Leningradi_Edasi_toimetus, lk 154
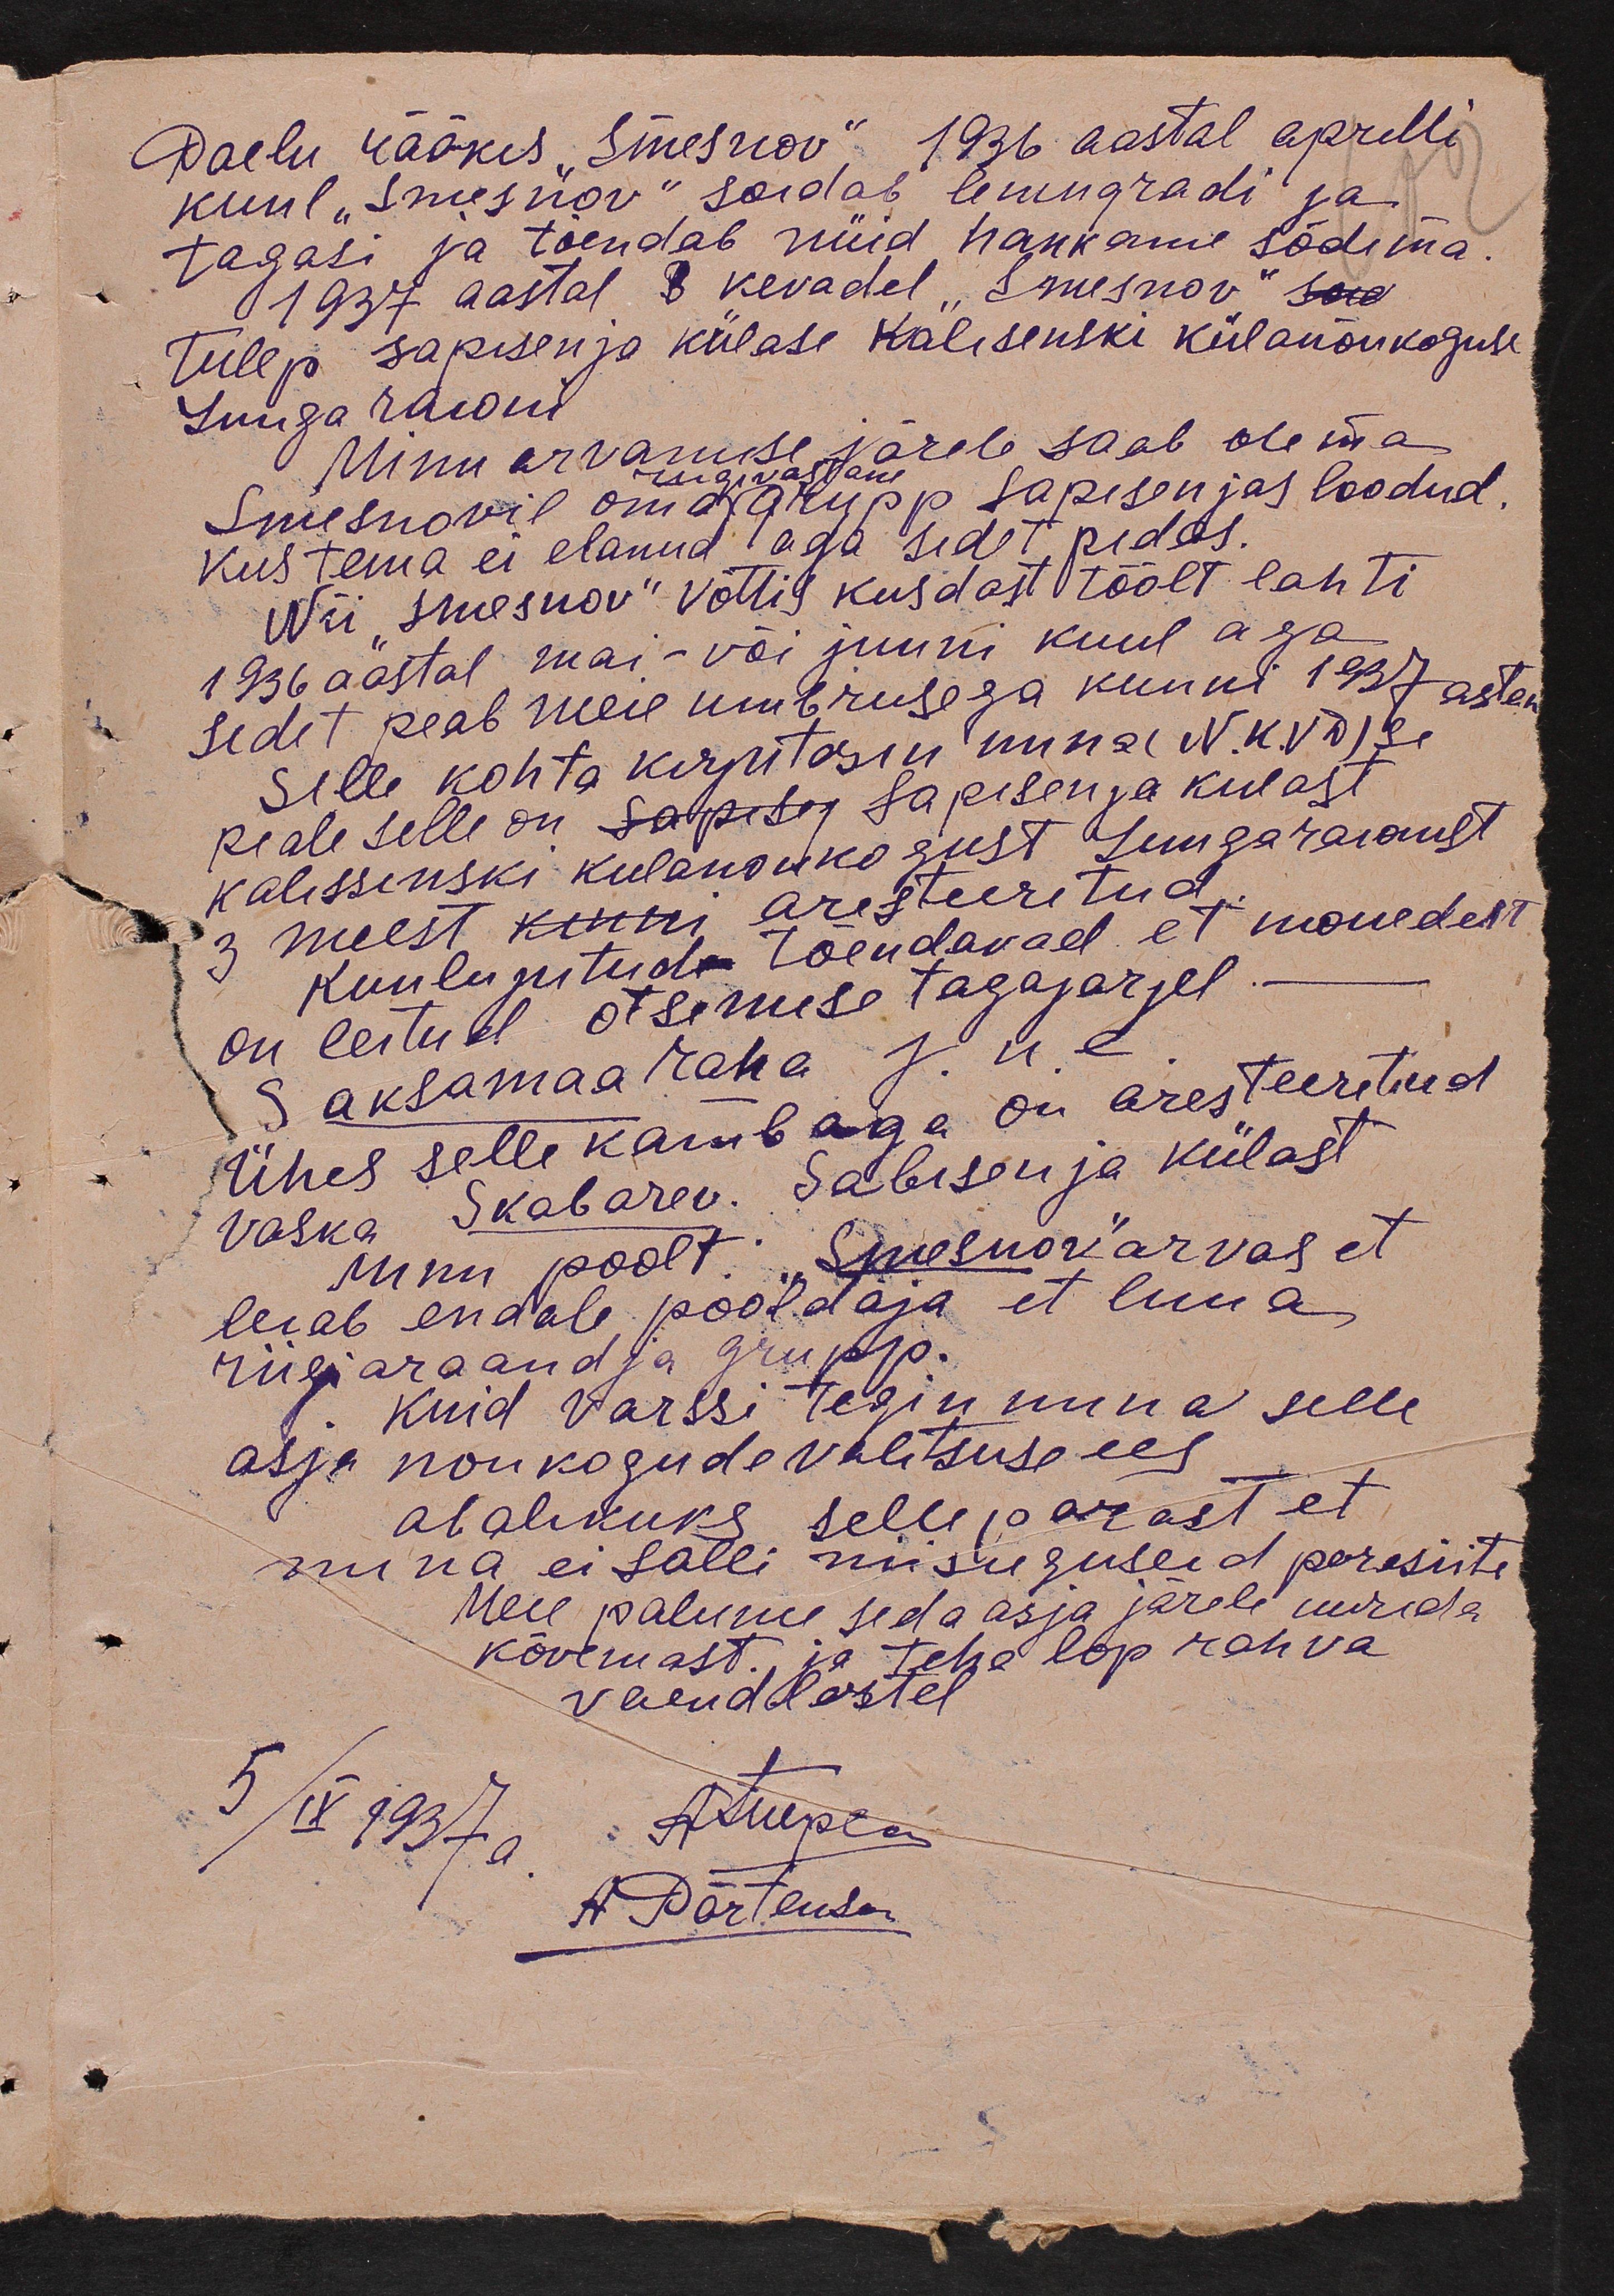
Paelu rääkis "Smesnov". 1936 aastal aprilli
kuul "Smesnov" sõidab leningradi ja
tagasi ja tõendab nüid hakkame sõdima.
1937 aastal kevadel "Smesnov"
tulep ja sapisenja külase Kalisenski külanõukoguse
Luuga raioni
Minu arvamise järele saab olema
Smesnovil oma grupp Sapisenjas loodud.
riigivastane
kus tema ei elanud aga sidet, pidas
Nii "Smesnov" võttis Kusdast töölt lahti
1936 aastal mai-või juuni kuul aga
sidet peab meie ümbrusega kunni 1937 astan
selle kohta kirjutasin mina (N.K.V.d)se
peale selle on Sapisenja kulast
Kalissinski kulanõukogust just Luuga raionist
3 meest kinni aresteeritud
kuulujutude tõendavad et mõnedelt
on leitud otsimise tagajärjel
Saksamaa raha j. n. e.
Ühes selle kambaga on aresteeritud
Vaska Skabarev. Sabisenja külast
Minu poolt. "Smesnov" arvas et
leiab endale pooldaja et luua
riigi araandja grupp.
kuid varssi tegin mina selle
asja noukogude valitsuse ees
avalikuks sellepärast et
mina ei salli niisuguseid parasiite
Meie palume seda asja järele uurida
kõvemast, ja teha lõp rahva
vaendlastel
5/IX 1937 a
A. Meepen
A Pärtenson